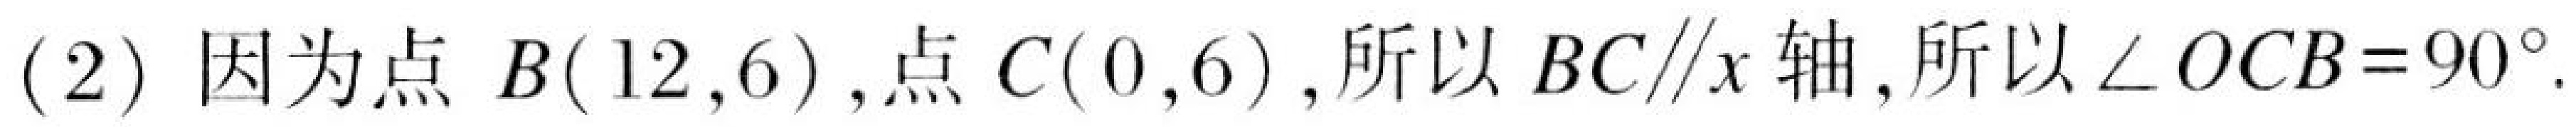
(2) 因为点$B(12,6)$,点$C(0,6)$, 所以$BC\parallel x$轴, 所以$\angle OCB = 90^{\circ}$.